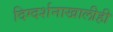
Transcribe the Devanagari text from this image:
दिग्दर्शनाखालीही